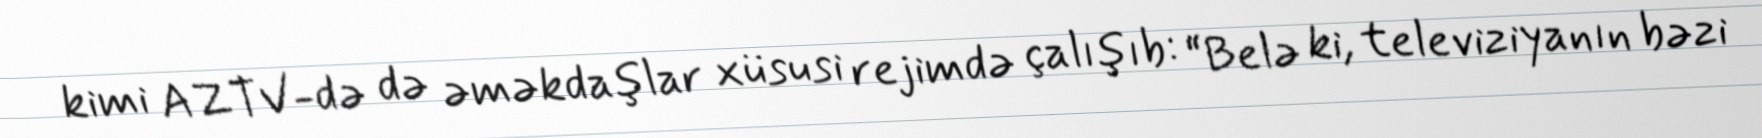
kimi AZTV-də də əməkdaşlar xüsusi rejimdə çalışıb: “Belə ki, televiziyanın bəzi